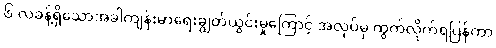
၆ လခန့်ရှိသောအခါကျန်းမာရေးချွတ်ယွင်းမှုကြောင့် အလုပ်မှ ထွက်လိုက်ရပြန်ကာ